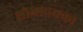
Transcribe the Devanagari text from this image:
शोभानयका